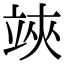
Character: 𥪂